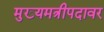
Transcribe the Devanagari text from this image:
मुख्यमत्रीपदावर